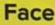
Face